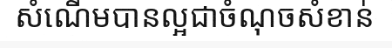
សំណើមបានល្អជាចំណុចសំខាន់